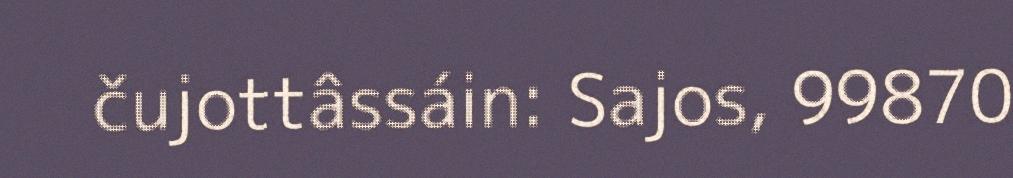
čujottâssáin: Sajos, 99870